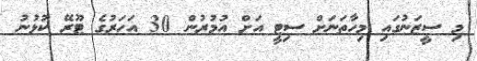
މި ސީޒަނުގައި މިހާތަނަށް ސިޓީ އަށް އުމުރުން 30 އަހަރުގެ ޓޫރޭ ކުޅުނު